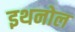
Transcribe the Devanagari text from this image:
इथनोल